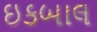
ઇકબાલ